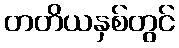
တတိယနှစ်တွင်